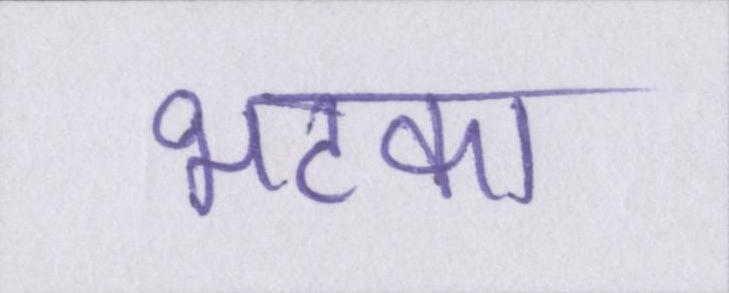
भटका